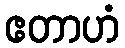
ဧတာဟံ